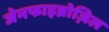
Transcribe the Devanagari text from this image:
जेमफाइब्रोज़िल